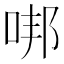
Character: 𠳐